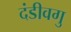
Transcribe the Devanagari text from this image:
दंडीवगु